Manual of vaccination for the United Provinces of Agra and Oudh -
Year: 1903
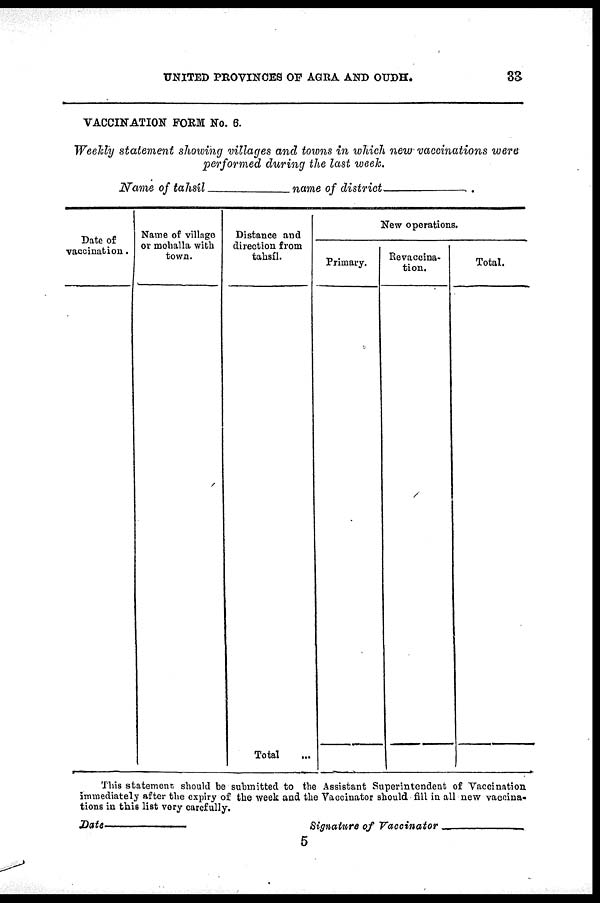
UNITED PROVINCES OF AGRA AND OUDH.
33
VACCINATION FORM No. 6.
Weekly statement showing villages and towns in which new vaccinations were
performed during the last week.
Name of tahsíl—name of district—
Date of
vaccination.
Name of village
or mohalla with
town.
Distance and
direction from
tahsíl.
Total ...
New operations.
Primary.
Revaccina¬
tion.
Total.
This statement should be submitted to the Assistant Superintendent of Vaccination
immediately after the expiry of the week and the Vaccinator should fill in all new vaccina-
tions in this list very carefully.
Date—
Signature of Vaccinator —
5